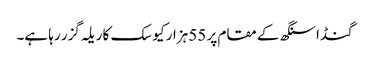
گنڈا سنگھ کے مقام پر 55 ہزار کیوسک کا ریلہ گزر رہا ہے۔